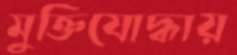
মুক্তিযোদ্ধায়